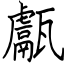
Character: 甗